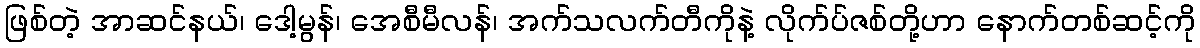
ဖြစ်တဲ့ အာဆင်နယ်၊ ဒေါ့မွန်၊ အေစီမီလန်၊ အက်သလက်တီကိုနဲ့ လိုက်ပ်ဇစ်တို့ဟာ နောက်တစ်ဆင့်ကို